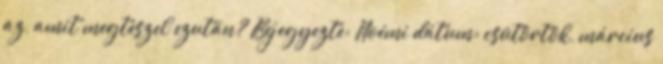
az, amit megteszel ezután? Bejegyezte: Noémi dátum: csütörtök, március